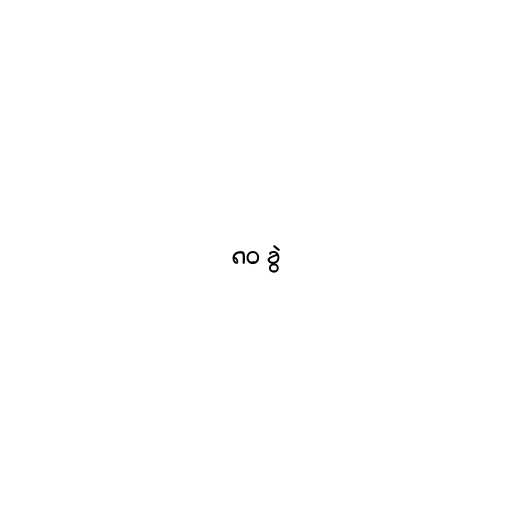
၈၀ ခွဲ